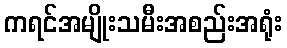
ကရင်အမျိုးသမီးအစည်းအရုံး